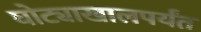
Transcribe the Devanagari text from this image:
घोट्याखालपर्यंत